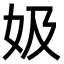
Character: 㚫